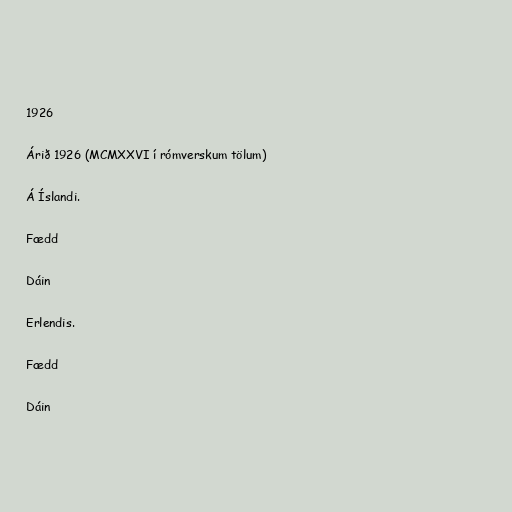
1926

Árið 1926 (MCMXXVI í rómverskum tölum)

Á Íslandi.

Fædd

Dáin

Erlendis.

Fædd

Dáin